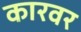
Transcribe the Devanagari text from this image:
कारवर